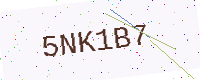
Text: 5NK1B7